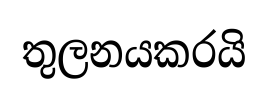
තුලනයකරයි